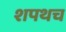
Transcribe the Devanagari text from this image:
शपथच